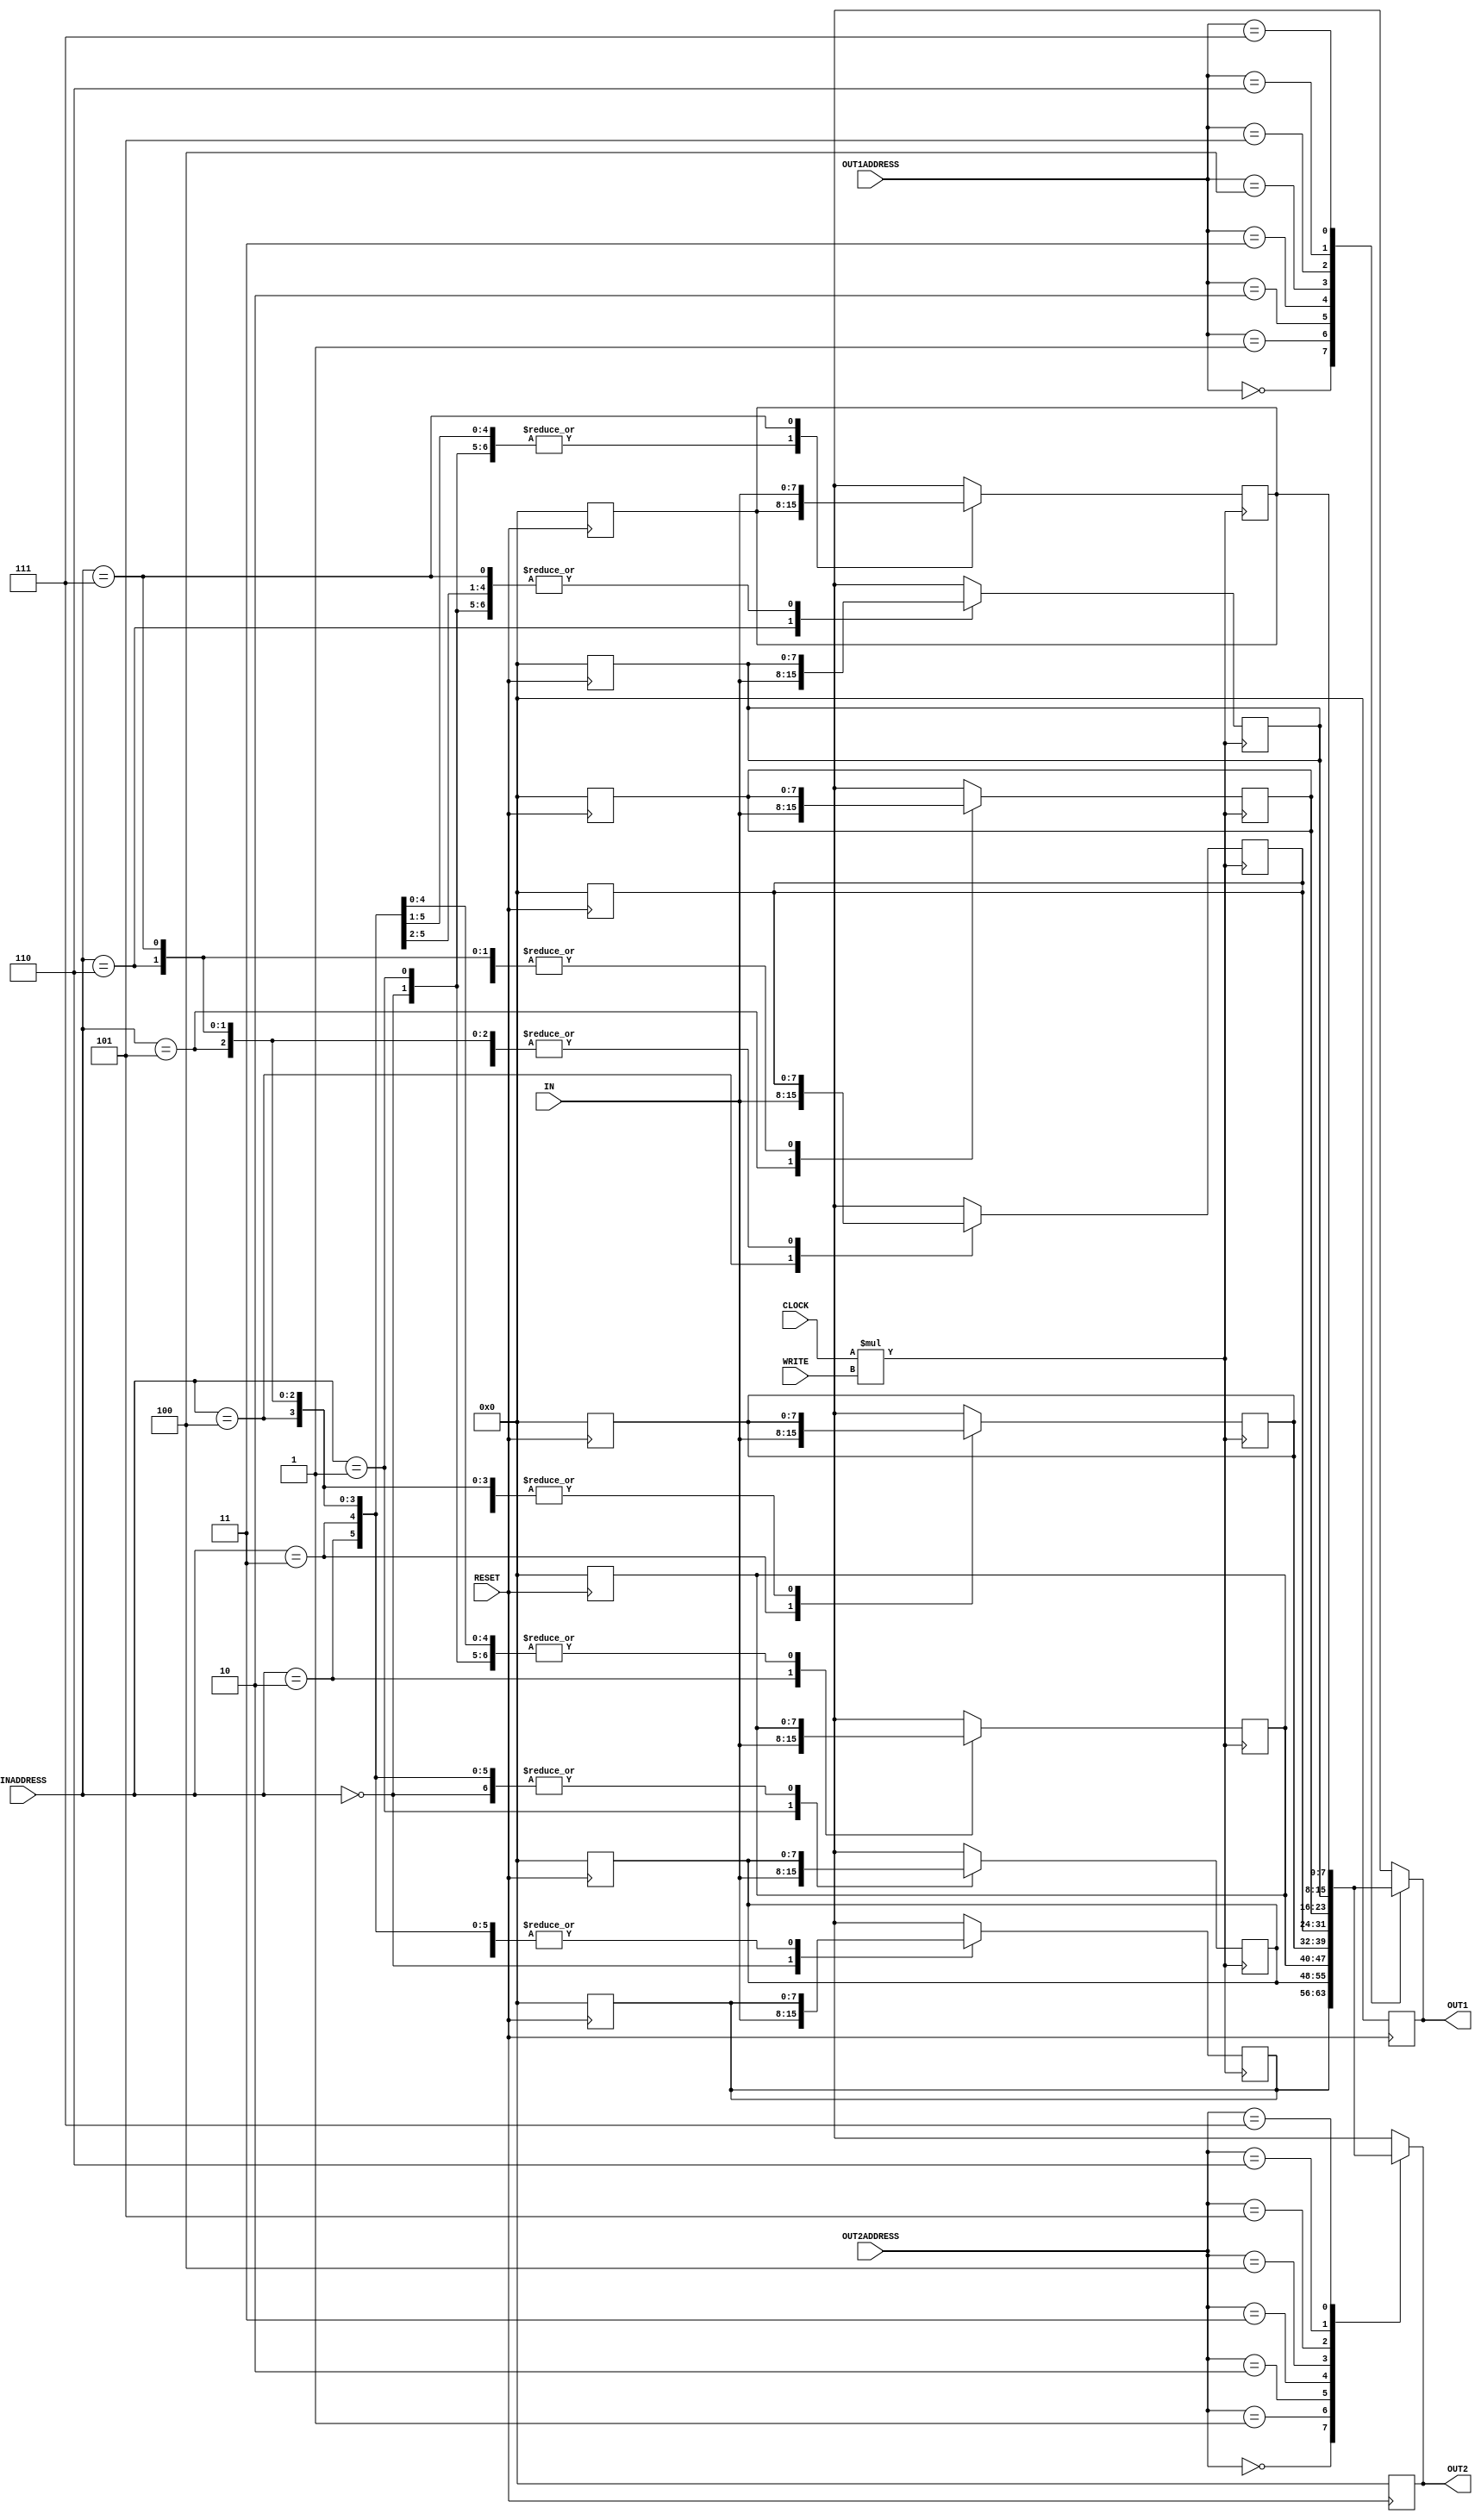
module reg_file(

    input [7:0] IN ,                                                    // input data port
    output reg [7:0] OUT1 , OUT2 ,                                      // output data port
    input [2:0] INADDRESS , OUT1ADDRESS , OUT2ADDRESS,                  // input output address
    input  WRITE , CLOCK , RESET                                        // write enable , clock , reset
     );
    reg [7:0] Regout0 , Regout1 , Regout2 , Regout3 , Regout4 , Regout5 , Regout6 , Regout7  ;// Registers  to save data 0 - 7

    always @( posedge RESET)                                            // reset pulse - reset all Registers
      begin
      #4 ;                                                              // reset 2 time  // read  2 time
      Regout0 = 8'b00000000 ;
      Regout1 = 8'b00000000 ;
      Regout2 = 8'b00000000 ;
      Regout3 = 8'b00000000 ;
      Regout4 = 8'b00000000 ;
      Regout5 = 8'b00000000 ;
      Regout6 = 8'b00000000 ;
      Regout7 = 8'b00000000 ;
      OUT1    = 8'b00000000 ;
      OUT2    = 8'b00000000 ;
      
      
    end
    
    always @( posedge CLOCK * WRITE )                                          // positive egde clock
    begin  

                                                    // write data to register    
        #1 ;                                                            // writing delay  
        case(INADDRESS)                                                 // write file
            3'b000:
                Regout0 = IN ;
            3'b001:
                Regout1 = IN ;
            3'b010:
                Regout2 = IN ;
            3'b011:
                Regout3 = IN ;
            3'b100:
                Regout4 = IN ;
            3'b101:
                Regout5 = IN ;
            3'b110:
                Regout6 = IN ;
            3'b111:
                Regout7 = IN ;

        endcase
    
    end 
   
     always @( OUT1ADDRESS , OUT2ADDRESS ) begin                     // data reading when positive edge and negitive Write
         
            #2 ;                                                                                // read dealay
            case( OUT1ADDRESS )                                                                 // data registers 1

                3'b000:
                    OUT1 = Regout0 ;
                3'b001:
                    OUT1 = Regout1 ;
                3'b010:
                    OUT1 = Regout2 ;
                3'b011:
                    OUT1 = Regout3 ;
                3'b100:
                    OUT1 = Regout4 ;
                3'b101:
                    OUT1 = Regout5 ;
                3'b110:
                    OUT1 = Regout6 ;
                3'b111:
                    OUT1 = Regout7 ;
            endcase

            case( OUT2ADDRESS )                                                 // data registers 1 
                3'b000:
                    OUT2 = Regout0 ;
                3'b001:
                    OUT2 = Regout1 ;
                3'b010:
                    OUT2 = Regout2 ;
                3'b011:
                    OUT2 = Regout3 ;
                3'b100:
                    OUT2 = Regout4 ;
                3'b101:
                    OUT2 = Regout5 ;
                3'b110:
                    OUT2 = Regout6 ;
                3'b111:
                    OUT2 = Regout7 ;
            endcase
            
    end

endmodule